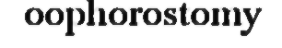
oophorostomy